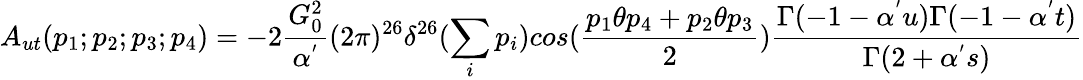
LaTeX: A_{ut}(p_{1};p_{2};p_{3};p_{4})=-2\frac{G_{0}^{2}}{\alpha^{'}}(2\pi)^{26}\delta^{26}(\sum_{i}p_{i})cos(\frac{p_{1}\theta p_{4}+p_{2}\theta p_{3}}{2})\frac{\Gamma(-1-\alpha^{'}u)\Gamma(-1-\alpha^{'}t)}{\Gamma(2+\alpha^{'}s)}